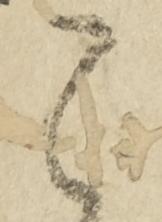
之